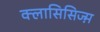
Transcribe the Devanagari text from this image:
क्लासिसिज्म़